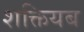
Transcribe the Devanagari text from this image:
शक्तियब